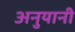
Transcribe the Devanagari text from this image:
अनुयानी